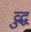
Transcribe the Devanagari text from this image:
व्रुद्ध